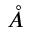
\mathring { A }